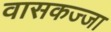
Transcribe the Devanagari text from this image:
वासकज्जा